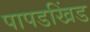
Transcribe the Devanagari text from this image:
पापडखिंड